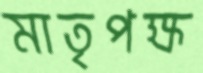
মাতৃপক্ষ